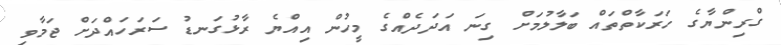
ގްރިންޔާގެ ހަރަކާތްތައް ބަލާލުމަށް ގިނަ އަދަދެއްގެ މީހުން އިއްޔެ ރާޅުގަނޑު ސަރަހައްދަށް ޖަމާވި